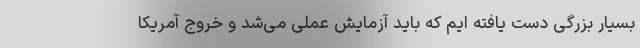
بسیار بزرگی دست یافته ایم که باید آزمایش عملی می‌شد و خروج آمریکا